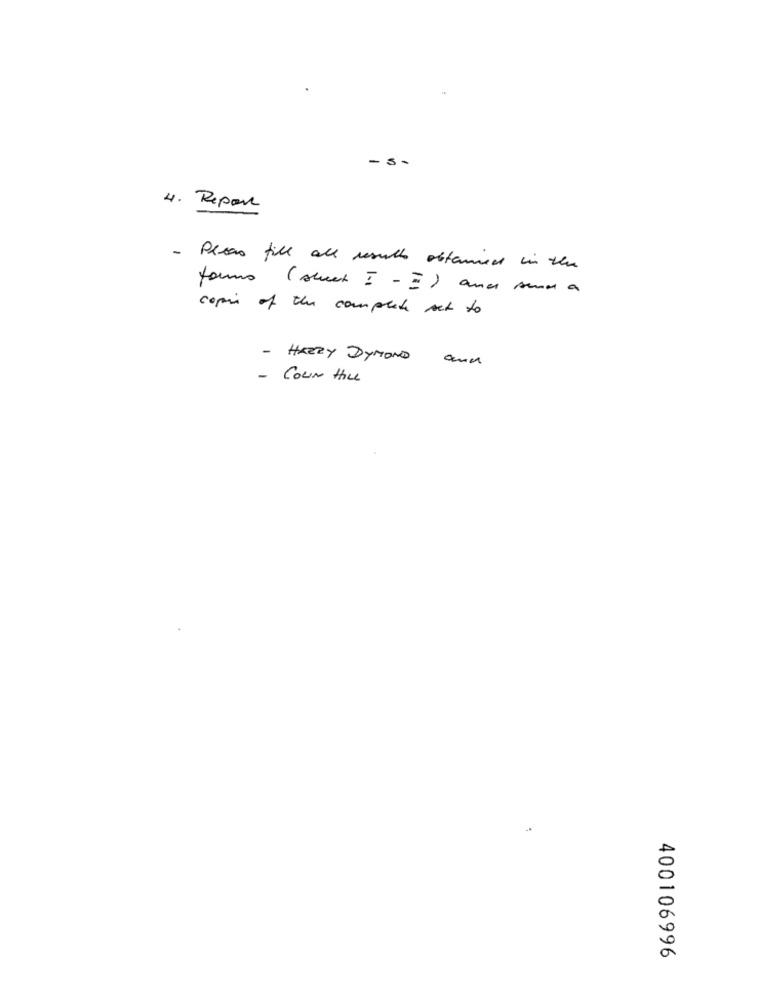
- s-
4. Report
- Please fill all results obtenied in the
forms (sweet ! - = ) and sma a
copie of the complete set to
- HEZZY DyMOND and
- COUN Hle
400106996